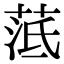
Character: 䓜